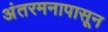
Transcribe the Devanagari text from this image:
अंतरमनापासून